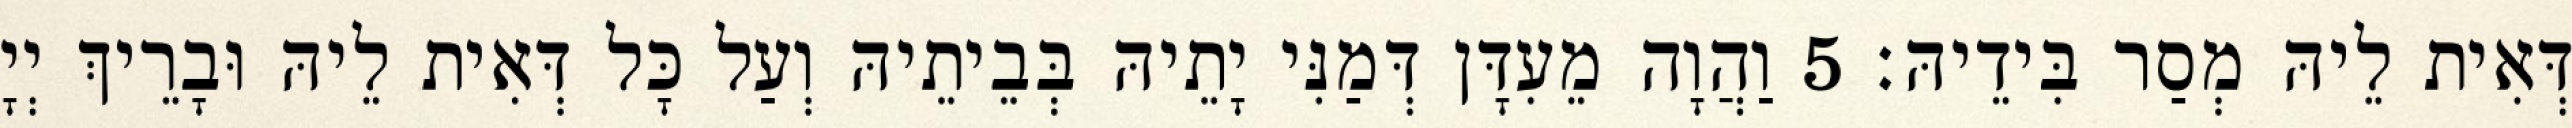
דְּאִית לֵיהּ מְסַר בִּידֵיהּ׃ 5 וַהֲוָה מֵעִדָּן דְּמַנִּי יָתֵיהּ בְּבֵיתֵיהּ וְעַל כָּל דְּאִית לֵיהּ וּבָרֵיךְ יְיָ